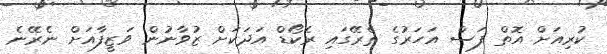
ކުރިއަށް އޮތް ފަސް އަހަރުގެ ތެރޭގައި ރެކޯޑް އަދަކަށް ޒުވާނުން ވަޒީފާއަށް ނެރޭނެ